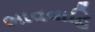
ભાવવાહિ